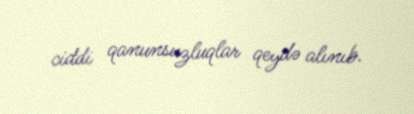
ciddi qanunsuzluqlar qeydə alınıb.